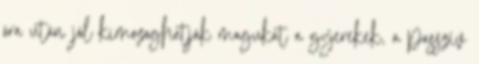
óra után jól kimozoghatják magukat a gyerekek, a passzív